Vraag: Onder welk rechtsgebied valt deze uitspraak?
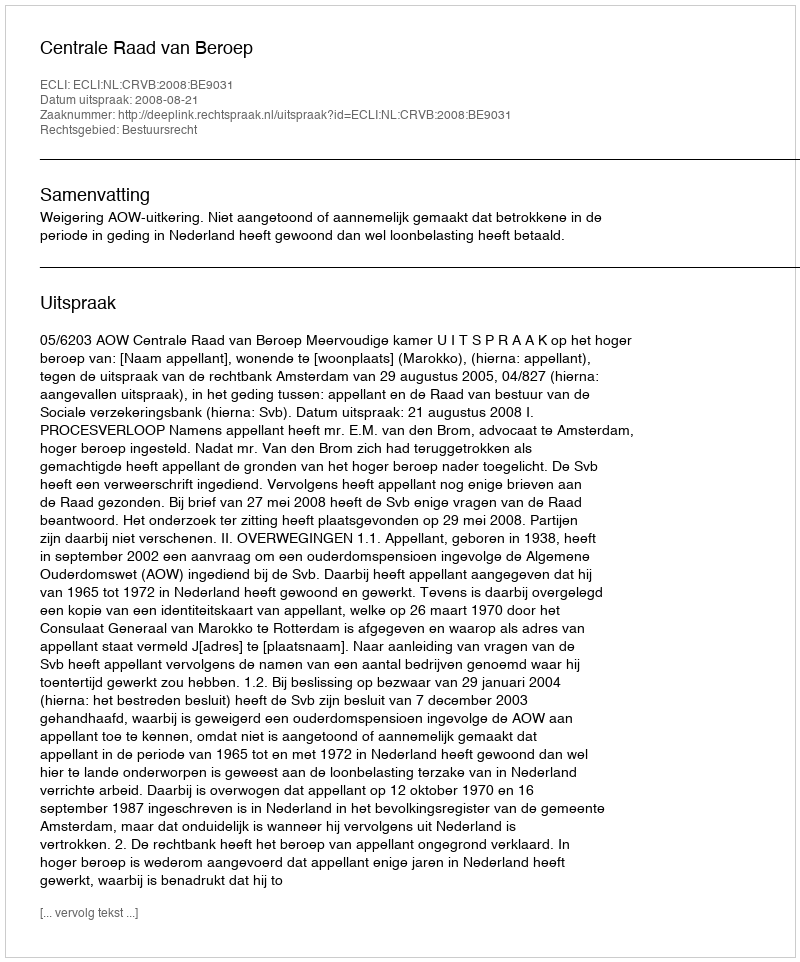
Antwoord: Bestuursrecht